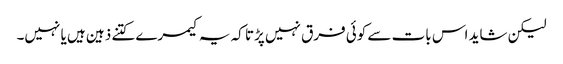
لیکن شاید اس بات سے کوئی فرق نہیں پڑتا کہ یہ کیمرے کتنے ذہین ہیں یا نہیں۔